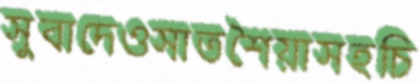
সুবাদেওসাতশৈয়াসহচি